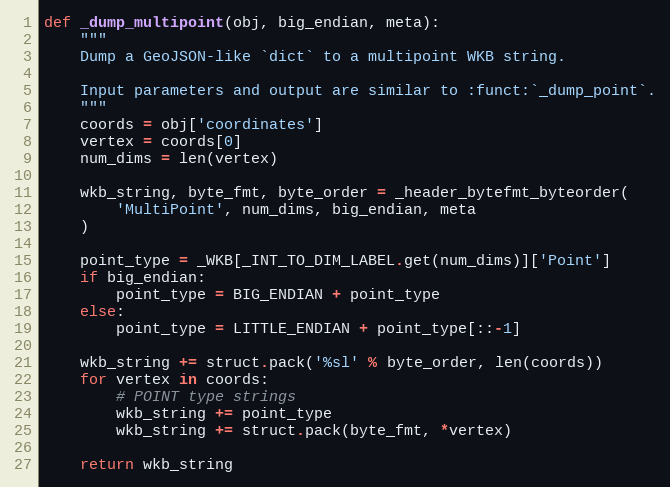
Language: Python
def _dump_multipoint(obj, big_endian, meta):
    """
    Dump a GeoJSON-like `dict` to a multipoint WKB string.

    Input parameters and output are similar to :funct:`_dump_point`.
    """
    coords = obj['coordinates']
    vertex = coords[0]
    num_dims = len(vertex)

    wkb_string, byte_fmt, byte_order = _header_bytefmt_byteorder(
        'MultiPoint', num_dims, big_endian, meta
    )

    point_type = _WKB[_INT_TO_DIM_LABEL.get(num_dims)]['Point']
    if big_endian:
        point_type = BIG_ENDIAN + point_type
    else:
        point_type = LITTLE_ENDIAN + point_type[::-1]

    wkb_string += struct.pack('%sl' % byte_order, len(coords))
    for vertex in coords:
        # POINT type strings
        wkb_string += point_type
        wkb_string += struct.pack(byte_fmt, *vertex)

    return wkb_string